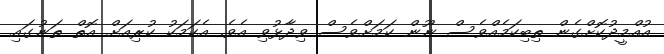
އުއްމީދުކޮށްގެން ތިބިކަމެއްވެސް ނޫން ކަމަށްވެސް ވިދާޅުވި އެވެ. އެކަމަކު ކުރިއަށް އޮތް ތަނުގައި